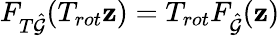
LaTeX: F_{T\hat{\mathcal{G}}}(T_{rot}\mathbf{z})=T_{rot}F_{\hat{\mathcal{G}}}(\mathbf{z})